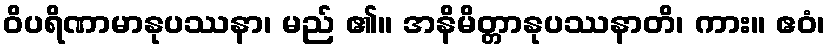
ဝိပရိဏာမာနုပဿနာ၊ မည် ၏။ အနိမိတ္တာနုပဿနာတိ၊ ကား။ ဧဝံ၊